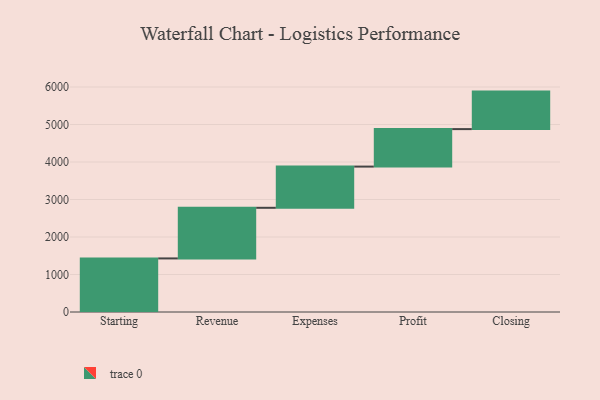
{"axis": {"x": "Step", "y": "Value"}, "legend": [""], "data": [{"x": "Starting", "y": 1429.0, "type": ""}, {"x": "Revenue", "y": 1350.0, "type": ""}, {"x": "Expenses", "y": 1099.0, "type": ""}, {"x": "Profit", "y": 1000, "type": ""}, {"x": "Closing", "y": 1000, "type": ""}]}